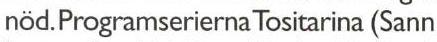
nöd. Programserierna Tositarina (Sann